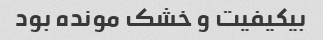
بیکیفیت و خشک مونده بود